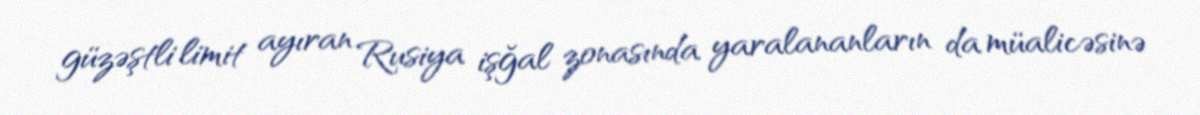
güzəştli limit ayıran Rusiya işğal zonasında yaralananların da müalicəsinə